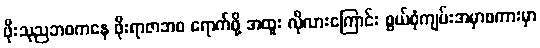
ဖိုးသုညဘဝကနေ ဖိုးရာဇာဘဝ ရောက်ဖို့ အထူး လိုလားကြောင်း စွယ်စုံကျမ်းအမှာစကားမှာ